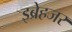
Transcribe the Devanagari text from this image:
इब्रेहजर